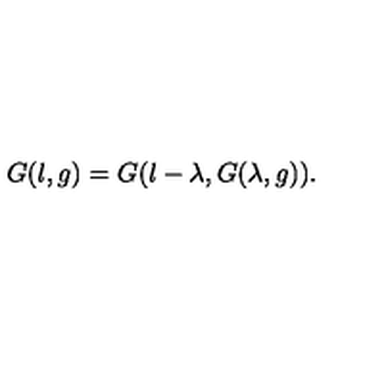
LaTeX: G ( l , g ) = G ( l - \lambda , G ( \lambda , g ) ) .